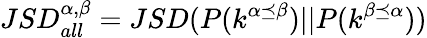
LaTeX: \displaystyle JSD_{all}^{\alpha,\beta}=JSD(P(k^{\alpha\preceq\beta})||P(k^{\beta\preceq\alpha}))